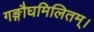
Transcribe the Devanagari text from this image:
गङ्गौघमिलितम्।